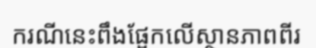
ករណីនេះពឹងផ្អែកលើស្ថានភាពពីរ